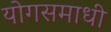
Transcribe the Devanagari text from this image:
योगसमाधी